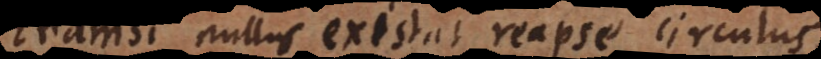
Etiamsi nullus existat reapse circulus.